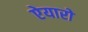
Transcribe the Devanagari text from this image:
ऐयारो